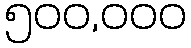
၅၀၀,၀၀၀